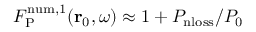
F _ { \mathrm { P } } ^ { \mathrm { n u m , 1 } } ( { \bf r } _ { 0 } , \omega ) \approx 1 + P _ { \mathrm { n l o s s } } / P _ { 0 }